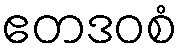
ဧတဒဝစံ